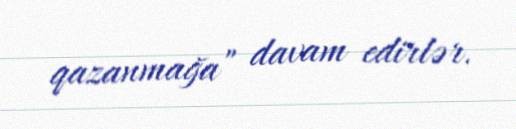
qazanmağa” davam edirlər.